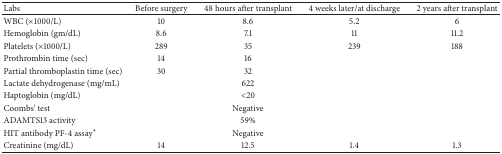
<table><thead><tr><td><b>Labs</b></td><td><b>Before surgery</b></td><td><b>48 hours after transplant</b></td><td><b>4 weeks later/at discharge</b></td><td><b>2 years after transplant</b></td></tr></thead><tbody><tr><td>WBC (×1000/L)</td><td>10</td><td>8.6</td><td>5.2</td><td>6</td></tr><tr><td>Hemoglobin (gm/dL)</td><td>8.6</td><td>7.1</td><td>11</td><td>11.2</td></tr><tr><td>Platelets (×1000/L)</td><td>289</td><td>35</td><td>239</td><td>188</td></tr><tr><td>Prothrombin time (sec)</td><td>14</td><td>16</td><td> </td><td> </td></tr><tr><td>Partial thromboplastin time (sec)</td><td>30</td><td>32</td><td> </td><td> </td></tr><tr><td>Lactate dehydrogenase (mg/mL)</td><td> </td><td>622</td><td> </td><td> </td></tr><tr><td>Haptoglobin (mg/dL)</td><td> </td><td>&lt;20</td><td> </td><td> </td></tr><tr><td>Coombs&#x27; test</td><td> </td><td>Negative</td><td> </td><td> </td></tr><tr><td>ADAMTS13 activity</td><td> </td><td>59%</td><td> </td><td> </td></tr><tr><td>HIT antibody PF-4 assay∗</td><td> </td><td>Negative</td><td> </td><td> </td></tr><tr><td>Creatinine (mg/dL)</td><td>14</td><td>12.5</td><td>1.4</td><td>1.3</td></tr></tbody></table>